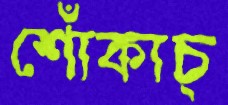
শোঁকাচ্